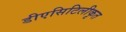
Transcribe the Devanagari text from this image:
डीएसिटिलीकृत